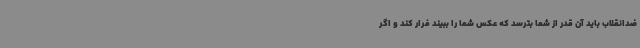
ضدانقلاب باید آن قدر از شما بترسد که عکس شما را ببیند فرار کند و اگر